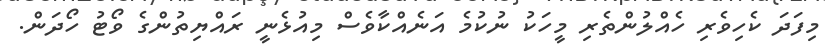
މިފަދަ ކެހިވެރި ހެއްލުންތެރި މީހަކު ނުކުމެ އަނެއްކާވެސް މިއުޅެނީ ރައްޔިތުންގެ ވޯޓު ހޯދަން.